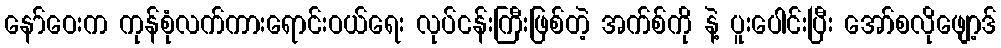
နော်ဝေးက ကုန်စုံလက်ကားရောင်းဝယ်ရေး လုပ်ငန်းကြီးဖြစ်တဲ့ အက်စ်ကို နဲ့ ပူးပေါင်းပြီး အော်စလိုဖျော့ဒ်